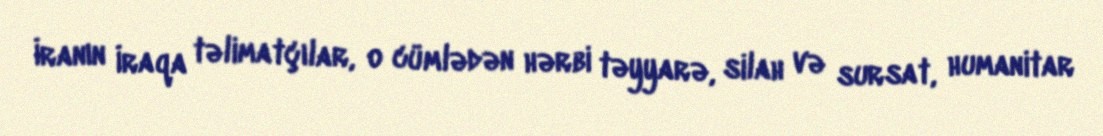
İranın İraqa təlimatçılar, o cümlədən hərbi təyyarə, silah və sursat, humanitar